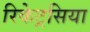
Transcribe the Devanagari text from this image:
रिकेट्रसिया